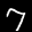
Label: 7